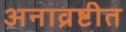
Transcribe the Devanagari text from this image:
अनाव्रष्टीत